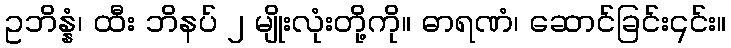
ဥဘိန္နံ၊ ထီး ဘိနပ် ၂ မျိုးလုံးတို့ကို။ ဓာရဏံ၊ ဆောင်ခြင်း၎င်း။